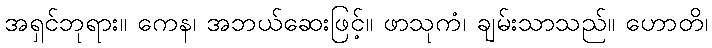
အရှင်ဘုရား။ ကေန၊ အဘယ်ဆေးဖြင့်။ ဖာသုကံ၊ ချမ်းသာသည်။ ဟောတိ၊